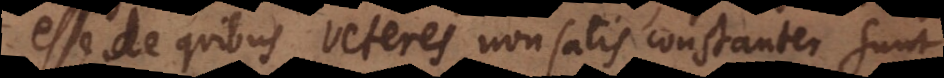
esse de quibus veteres non satis constanter sunt